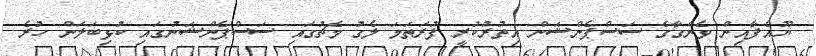
ޔޫއެފާއިން ވެންގާގެ ސަސްޕެންޝަން އިތުރުކުރީ ފުރަތަމަ ލެގު މެޗުގައި ސަސްޕެންޝަނުގައި ކުޅިބަލަން ހުރެ